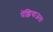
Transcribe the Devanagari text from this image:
पेंझियाजला